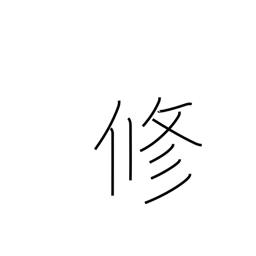
Meaning: master